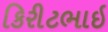
કિરીટભાઇ